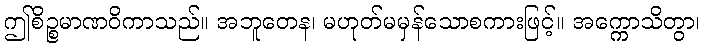
ဤစိဉ္စမာဏဝိကာသည်။ အဘူတေန၊ မဟုတ်မမှန်သောစကားဖြင့်။ အက္ကောသိတွာ၊